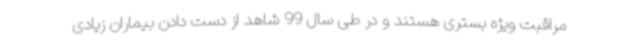
مراقبت ویژه بستری هستند و در طی سال 99 شاهد از دست دادن بیماران زیادی